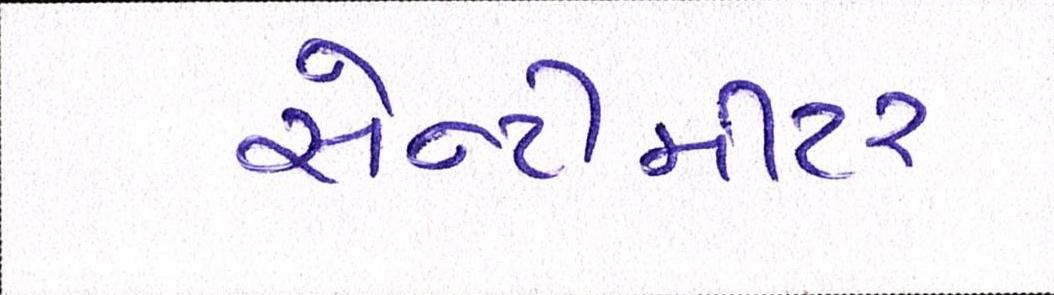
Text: સેન્ટીમીટર